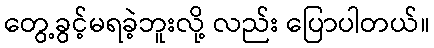
တွေ့ခွင့်မရခဲ့ဘူးလို့ လည်း ပြောပါတယ်။